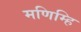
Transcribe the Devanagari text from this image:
मणिम्हि